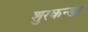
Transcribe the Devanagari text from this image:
शुरकन्डा